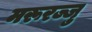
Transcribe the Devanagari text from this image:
मरूरज्जु